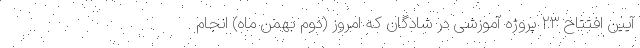
آیین افتتاح ۲۳ پروژه آموزشی در شادگان که امروز (دوم بهمن ماه) انجام